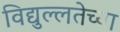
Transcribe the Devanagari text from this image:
विद्युल्लतेच्या